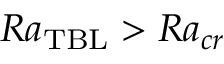
R a _ { \mathrm { T B L } } > R a _ { c r }